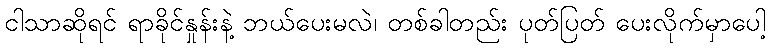
ငါသာဆိုရင် ရာခိုင်နှုန်းနဲ့ ဘယ်ပေးမလဲ၊ တစ်ခါတည်း ပုတ်ပြတ် ပေးလိုက်မှာပေါ့